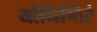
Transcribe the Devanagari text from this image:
यौधिष्ठिरं